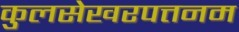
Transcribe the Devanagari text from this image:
कुलसेखरपत्तनम